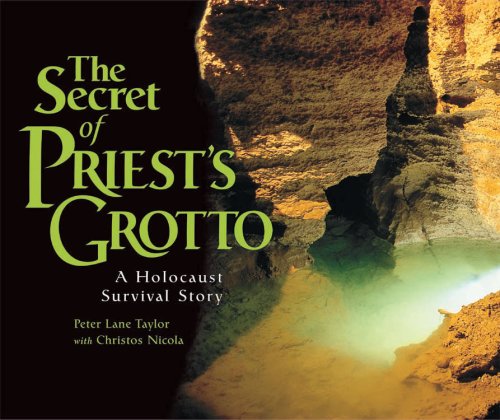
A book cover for The Secret of Priest's Grotto: A Holocaust Survival Story; Peter Lane Taylor; Children's Books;